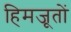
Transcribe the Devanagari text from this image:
हिमजूतों